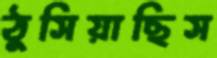
ঠুসিয়াছিস